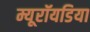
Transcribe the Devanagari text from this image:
म्यूरॉयडिया